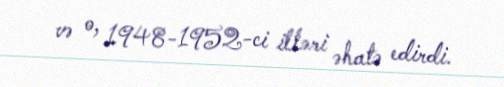
və o, 1948-1952-ci illəri əhatə edirdi.